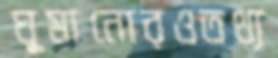
ঘুমানোরওতথ্য